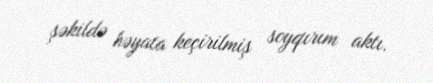
şəkildə həyata keçirilmiş soyqırım aktı.